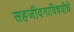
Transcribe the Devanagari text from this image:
सहजीवनाविषयीचे